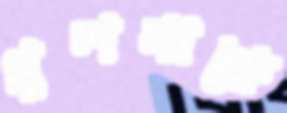
খুলনাকে